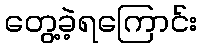
တွေ့ခဲ့ရကြောင်း